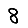
Digit: 8